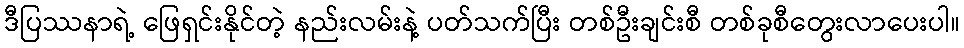
ဒီပြဿနာရဲ့ ဖြေရှင်းနိုင်တဲ့ နည်းလမ်းနဲ့ ပတ်သက်ပြီး တစ်ဦးချင်းစီ တစ်ခုစီတွေးလာပေးပါ။